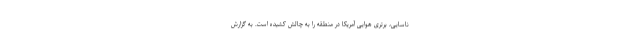
ناسایی، برتری هوایی آمریکا در منطقه را به چالش کشیده است. به گزارش